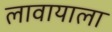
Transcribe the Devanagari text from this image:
लावायाला